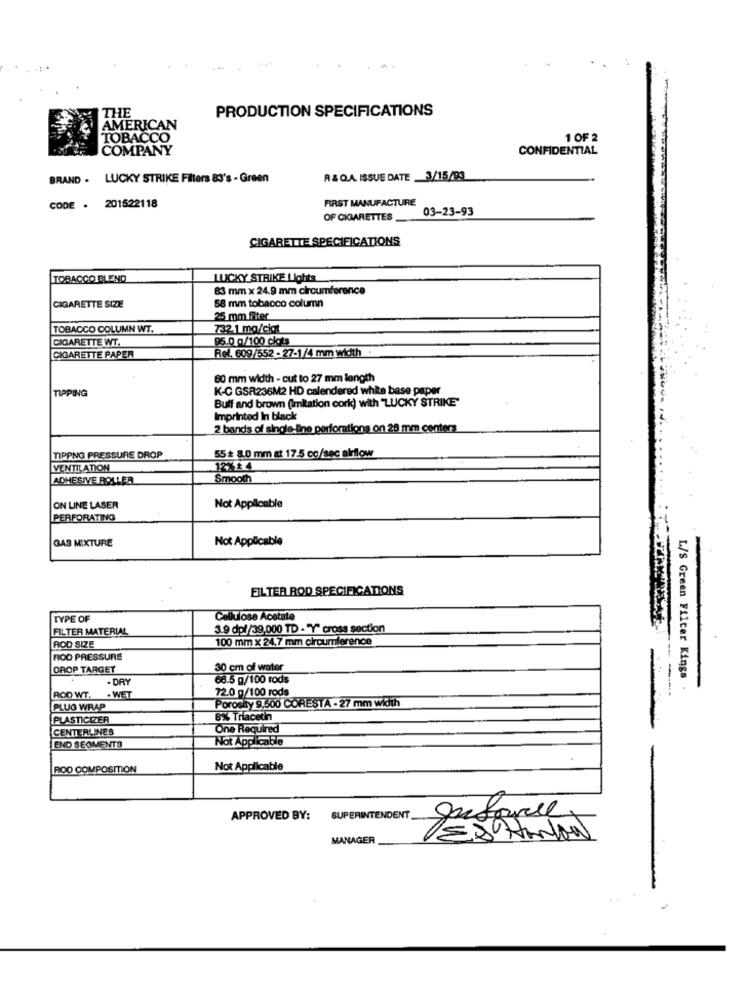
PRODUCTION SPECIFICATIONS
THE
AMERICAN
TOBACCO
1 OF 2
COMPANY
CONFIDENTIAL
BRAND . LUCKY STRIKE Filters 83's - Green
A &QA ISSUE DATE .3/15/93
CODE . 201522118
FIRST MANUFACTURE
03-23-93
OF CIGARETTES __
CIGARETTE SPECIFICATIONS
TOBACCO BLEND
LUCKY STRIKE Lights
83 mm x 24.9 mm circumference
58 mm tobacco column
CIGARETTE SIZE
25 mm filter
TOBACCO COLUMN WT.
732.1 mg/ciazt
CIGARETTE WT.
95.0 0/100 clots
Ref. 609/552 - 27-1/4 mm width .
CIGARETTE PAPER
60 mm width - cut to 27 mm length
TIPPING
K-C GSR236M2 HD calendered white base paper
Buff and brown (imitation cork) with "LUCKY STRIKE"
Imprinted In black
2 bands of single line perforations on 28 mm centers
TIPPNG PRESSURE DROP
55 + 8.0 mm at 17:5 cc/sec alrflow
VENTILATION
12%14
ADHESIVE ROLLER
Smooth
ON LINE LASER
Not Applicable
PERFORATING
GAS MIXTURE
Not Applicable
FILTER ROD SPECIFICATIONS
TYPE OF
Cellulose Acetate
FILTER MATERIAL
3.9 dpf/39,000 TD - "Y" cross section
100 mm x 24,7 mm circumference
AOD SIZE
ROD PRESSURE
DROP TARGET
30 cm of water
. DAY
66.5 g/100 rods
L/S Green Filter Kings
72.0 g/100 rods
ROD WT.
. WET
Porosity 9.500 CORESTA - 27 mm width
PLUG WRAP
PLASTICIZER
8% Třiacetin
CENTERLINES
One Required
Not Applicable
ENO SEOMENTS
ROD COMPOSITION
Not Applicable
APPROVED BY:
SUPERINTENDENT
MANAGER